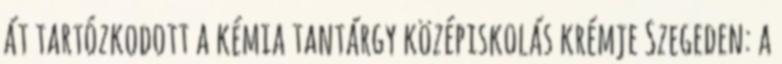
át tartózkodott a kémia tantárgy középiskolás krémje Szegeden: a